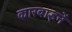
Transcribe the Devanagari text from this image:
कारबाइनें